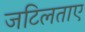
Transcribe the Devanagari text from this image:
जटिलताए